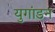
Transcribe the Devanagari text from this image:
युगांडन